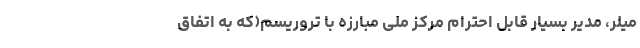
میلر، مدیر بسیار قابل احترام مرکز ملی مبارزه با تروریسم(که به اتفاق